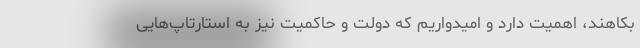
بکاهند، اهمیت دارد و امیدواریم که دولت و حاکمیت نیز به استارتاپ‌هایی